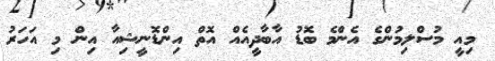
މިއީ މުސްލިމުންގެ އެންމެ ބޮޑު އާބާދީއެއް އޮތް އިންޑޮނީޝިއާ އިން މި އަހަރު